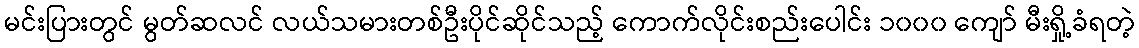
မင်းပြားတွင် မွတ်ဆလင် လယ်သမားတစ်ဦးပိုင်ဆိုင်သည့် ကောက်လိုင်းစည်းပေါင်း ၁၀၀၀ ကျော် မီးရှို့ခံရတဲ့